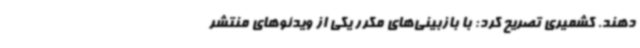
دهند. کشمیری تصریح کرد: با بازبینی‌های مکرر یکی از ویدئوهای منتشر